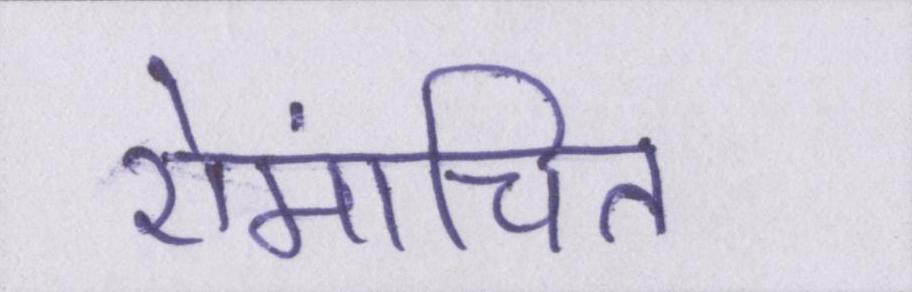
रोमांचित